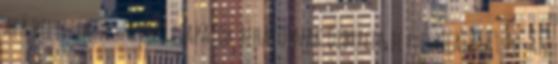
alá helyezik. A szovjet csapatok behatolnak Debrecenbe elfoglalását 20-án